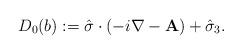
LaTeX: \begin{align*}D_0(b) := \hat \sigma \cdot (-i\nabla - {\bf A}) + \hat \sigma_3.\end{align*}